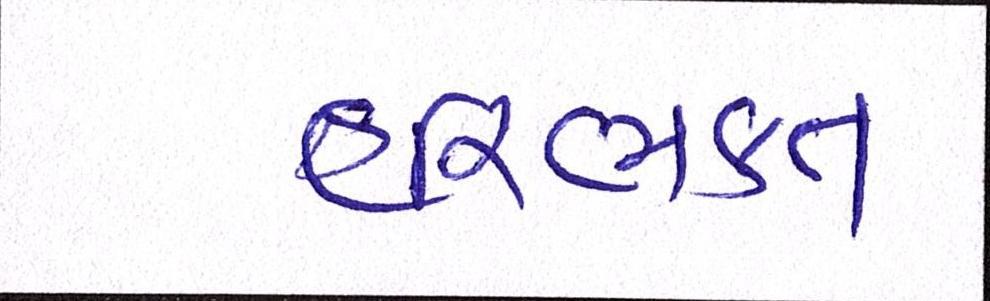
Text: હરિભકત